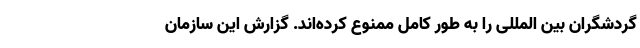
گردشگران بین المللی را به طور کامل ممنوع کرده‌اند. گزارش این سازمان